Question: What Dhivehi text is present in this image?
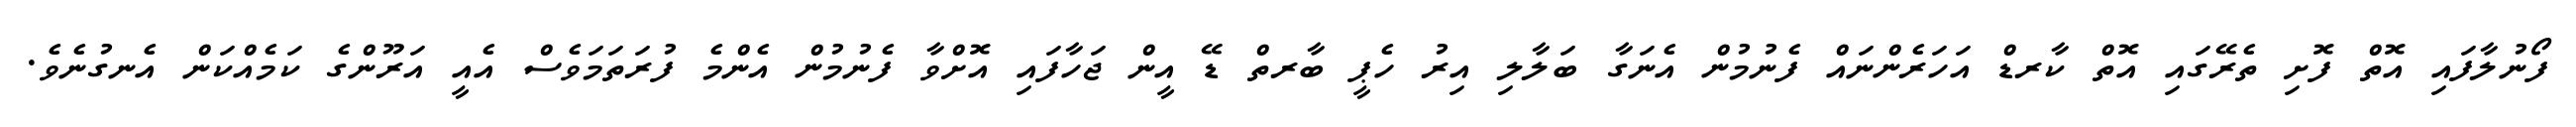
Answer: ފޯނުލާފައި އޮތް ފޮށި ތެރޭގައި އޮތް ކާރޑް އަހަރެންނައް ފެނުމުން އެނަގާ ބަލާލި އިރު ހެޕީ ބާރތް ޑޭ އީން ޖަހާފައި އޮށްވާ ފެނުމުން އެންމެ ފުރަތަމަވެސް އެއީ އަރޫންގެ ކަމެއްކަން އެނގުނެވެ.